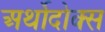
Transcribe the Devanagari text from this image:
अर्थोदोक्स